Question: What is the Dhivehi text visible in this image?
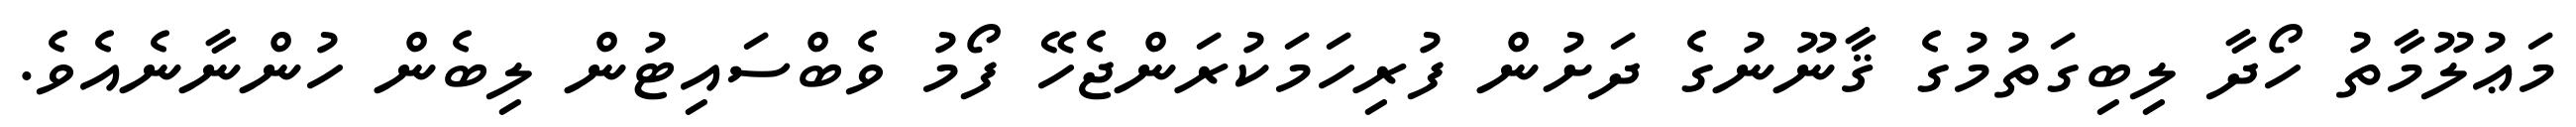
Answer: މަޢުލޫމާތު ހޯދާ ލިބިގަތުމުގެ ޤާނޫނުގެ ދަށުން ފުރިހަމަކުރަންޖެހޭ ފޯމު ވެބްސައިޓުން ލިބެން ހުންނާނެއެވެ.